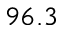
9 6 . 3